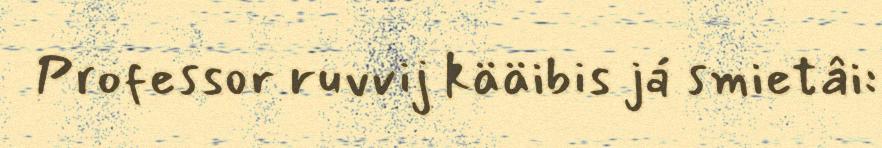
Professor ruvvij kääibis já smietâi: